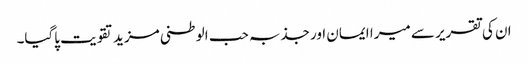
ان کی تقریر سے میرا ایمان اور جذبہ حب الوطنی مزید تقویت پاگیا۔